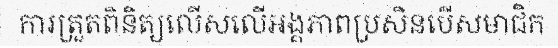
ការត្រួតពិនិត្យលើសលើអង្គភាពប្រសិនបើសមាជិក